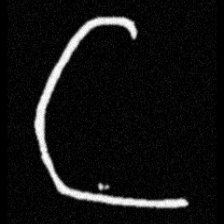
Pyu character \u2014 Myanmar letter: ဋ (romanized: tta)